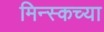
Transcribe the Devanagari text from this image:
मिन्स्कच्या